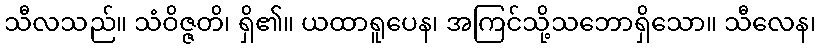
သီလသည်။ သံဝိဇ္ဇတိ၊ ရှိ၏။ ယထာရူပေန၊ အကြင်သို့သဘောရှိသော။ သီလေန၊